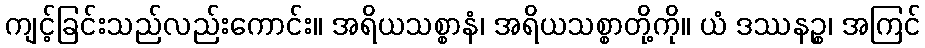
ကျင့်ခြင်းသည်လည်းကောင်း။ အရိယသစ္စာနံ၊ အရိယသစ္စာတို့ကို။ ယံ ဒဿနဉ္စ၊ အကြင်